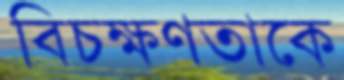
বিচক্ষণতাকে